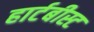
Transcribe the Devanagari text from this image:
हार्टबीस्ट